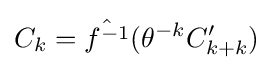
C_{k}={\hat {f^{-1}}}(\theta ^{-k}C_{k+k}')